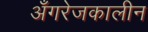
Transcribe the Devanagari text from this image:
अँगरेजकालीन